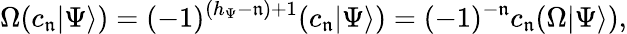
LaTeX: \Omega(c_{\mathfrak{n}}|\Psi\rangle)=(-1)^{(h_{\Psi}-\mathfrak{n})+1}(c_{\mathfrak{n}}|\Psi\rangle)=(-1)^{-\mathfrak{n}}c_{\mathfrak{n}}(\Omega|\Psi\rangle),